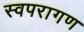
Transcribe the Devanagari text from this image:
स्वपरागण